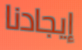
إيجادنا